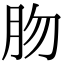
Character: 肳